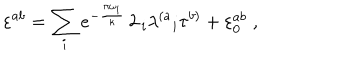
LaTeX: \varepsilon ^ { a b } = \sum _ { i } e ^ { - { \frac { \pi \omega _ { i } } { \kappa } } } \, 2 \, _ { i } { \lambda ^ { \left( a \right. } } _ { i } \tau ^ { \left. b \right) } + \varepsilon _ { 0 } ^ { a b } \; ,